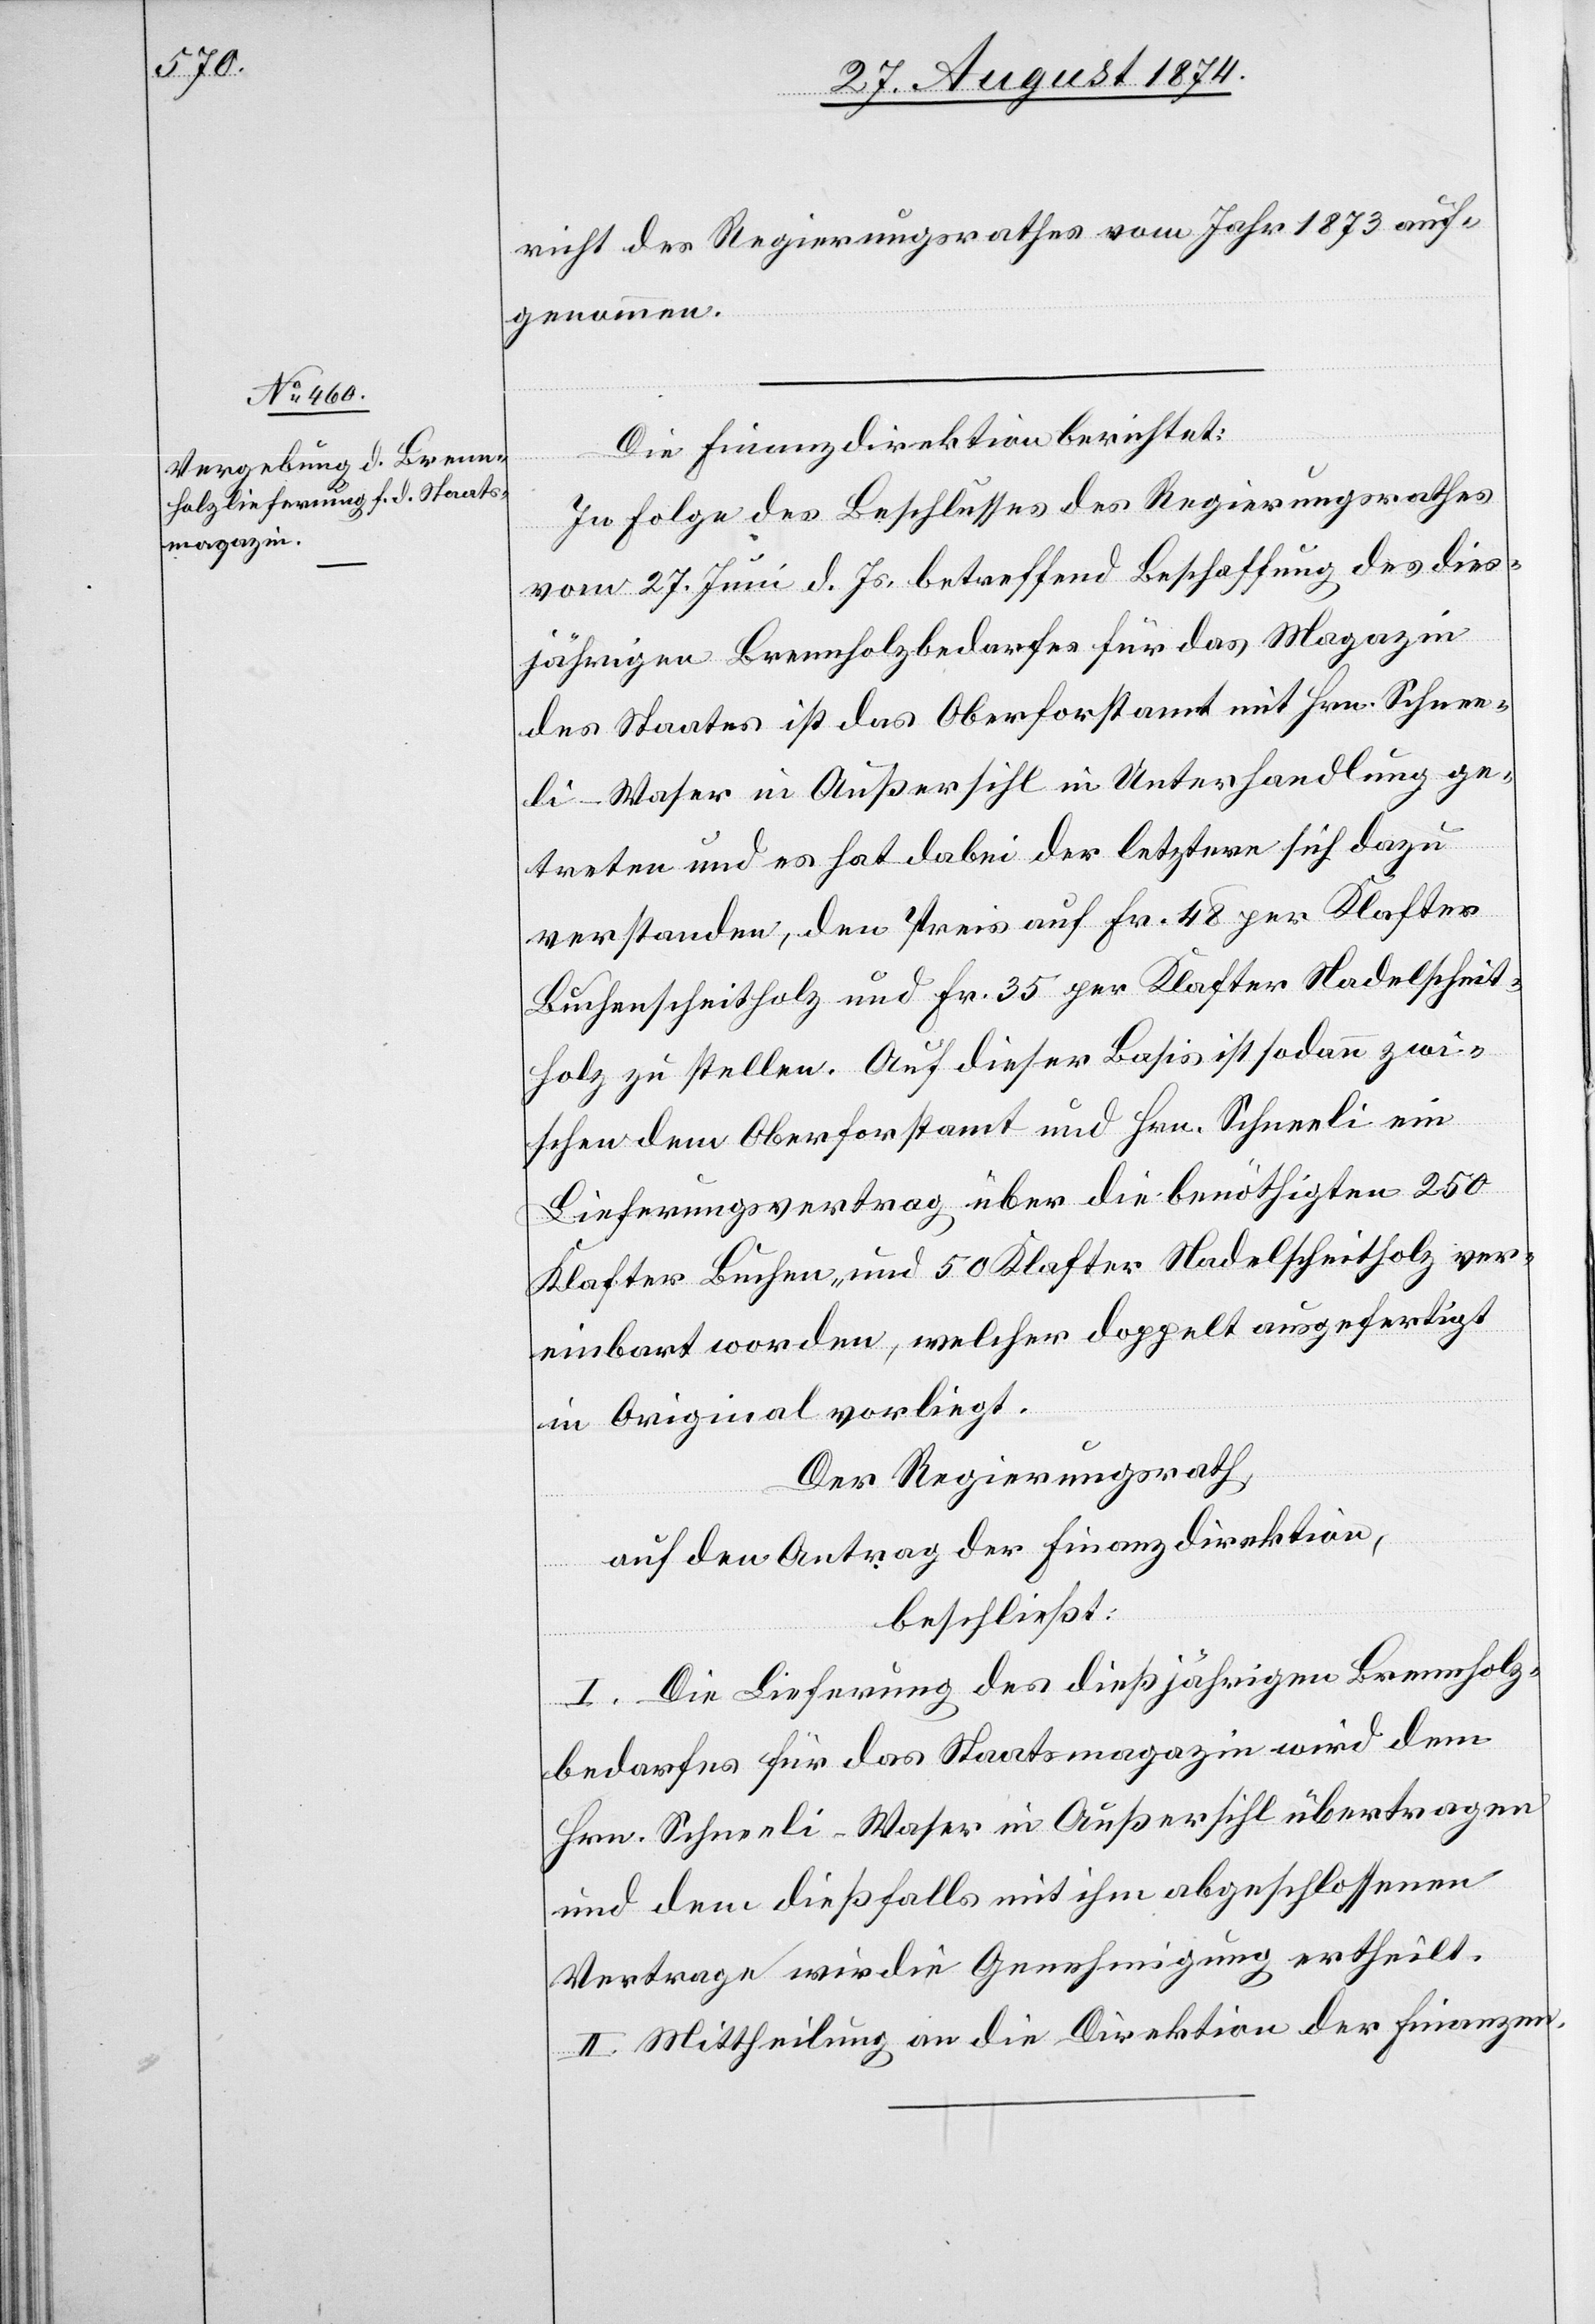
richt des Regierungsrathes vom Jahr 1873 auf¬
genommen.
Die Finanzdirektion berichtet:
In Folge des Beschlusses des Regierungsrathes
vom 27. Juni d. Js. betreffend Beschaffung des dies¬
jährigen Brennholzbedarfes für das Magazin
des Staates ist das Oberforstamt mit Hrn. Schnee¬
li-Waser in Außersihl in Unterhandlung ge¬
treten und es hat dabei der letztere sich dazu
verstanden, den Preis auf Fr. 48 per Klafter
Buchenscheitholz und Fr. 35 per Klafter Nadelscheit¬
holz zu stellen. Auf dieser Basis ist sodann zwi¬
schen dem Oberforstamt und Hrn. Schneeli ein
Lieferungsvertrag über die benöthigten 250
Klafter Buchen- und 50 Klafter Nadelscheitholz ver¬
einbart worden, welcher doppelt ausgefertigt
im Original vorliegt.
Der Regierungsrath
auf den Antrag der Finanzdirektion,
beschließt:
I. Die Lieferung des dießjährigen Brennholz¬
bedarfes für das Staatsmagazin wird dem
Hrn. Schneeli-Waser in Außersihl übertragen
und dem dießfalls mit ihm abgeschlossenen
Vertrage wir[d] die Genehmigung ertheilt.
II. Mittheilung an die Direktion der Finanzen.